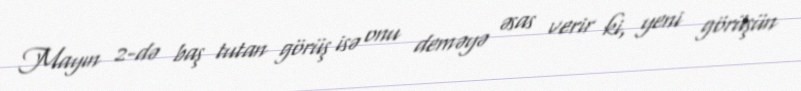
Mayın 2-də baş tutan görüş isə onu deməyə əsas verir ki, yeni görüşün